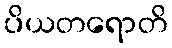
ပိယတရောတိ